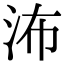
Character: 㳍